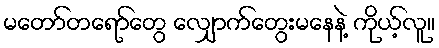
မတော်တရော်တွေ လျှောက်တွေးမနေနဲ့ ကိုယ့်လူ။